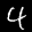
Label: 4